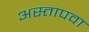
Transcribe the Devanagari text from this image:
अस्तापवा